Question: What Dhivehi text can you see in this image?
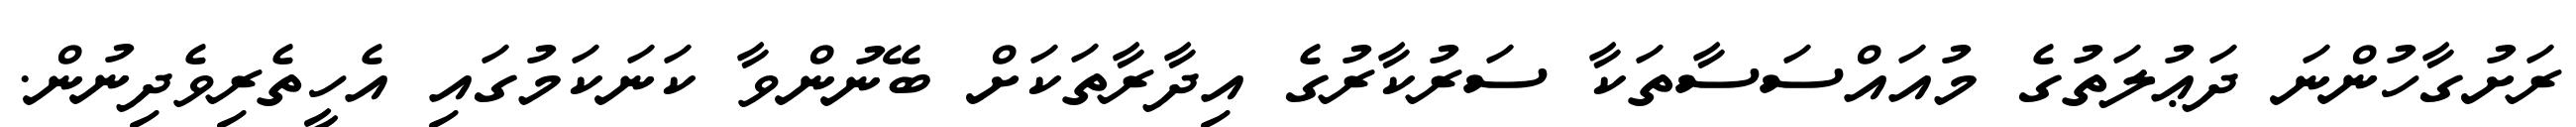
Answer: ރަށުގާހުންނަ ދަޢުލަތުގެ މުއައްސަސާތަކާ ސަރުކާރުގެ އިދާރާތަކަށް ބޭނުންވާ ކަނަކަމުގައި އެހީތެރިވެދިނުން.